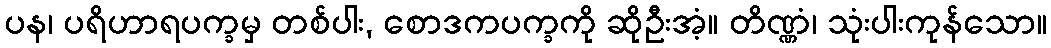
ပန၊ ပရိဟာရပက္ခမှ တစ်ပါး, စောဒကပက္ခကို ဆိုဦးအံ့။ တိဏ္ဏံ၊ သုံးပါးကုန်သော။